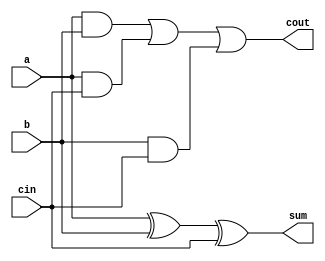
module full_adder( 
    input a, b, cin,
    output cout, sum );
    assign cout = (a&b)|(a&cin)|(b&cin);
    assign sum = a^b^cin;
endmodule

module top_module( 
    input [2:0] a, b,
    input cin,
    output [2:0] cout,
    output [2:0] sum );
    full_adder full_adder_inst0(.a(a[0]),.b(b[0]),.cin(cin),.cout(cout[0]),.sum(sum[0]));
    full_adder full_adder_inst1(.a(a[1]),.b(b[1]),.cin(cout[0]),.cout(cout[1]),.sum(sum[1]));
    full_adder full_adder_inst2(.a(a[2]),.b(b[2]),.cin(cout[1]),.cout(cout[2]),.sum(sum[2]));


endmodule